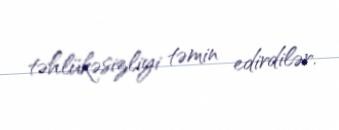
təhlükəsizliyi təmin edirdilər.